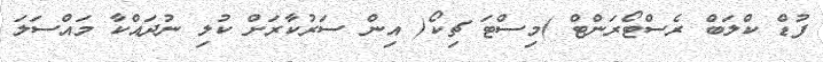
ފުޑް ކްލަބް ރެސްޓޯރަންޓް )މިސްޓަ ޗިކޯ( އިން ސަރުކާރަށް ކުލި ނުދައްކާ މައްސަލަ